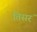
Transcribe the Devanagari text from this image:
तिसरं